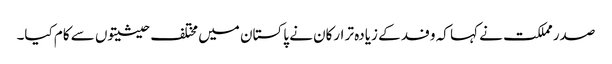
صدر مملکت نے کہا کہ وفد کے زیادہ تر ارکان نے پاکستان میں مختلف حیثیتوں سے کام کیا۔